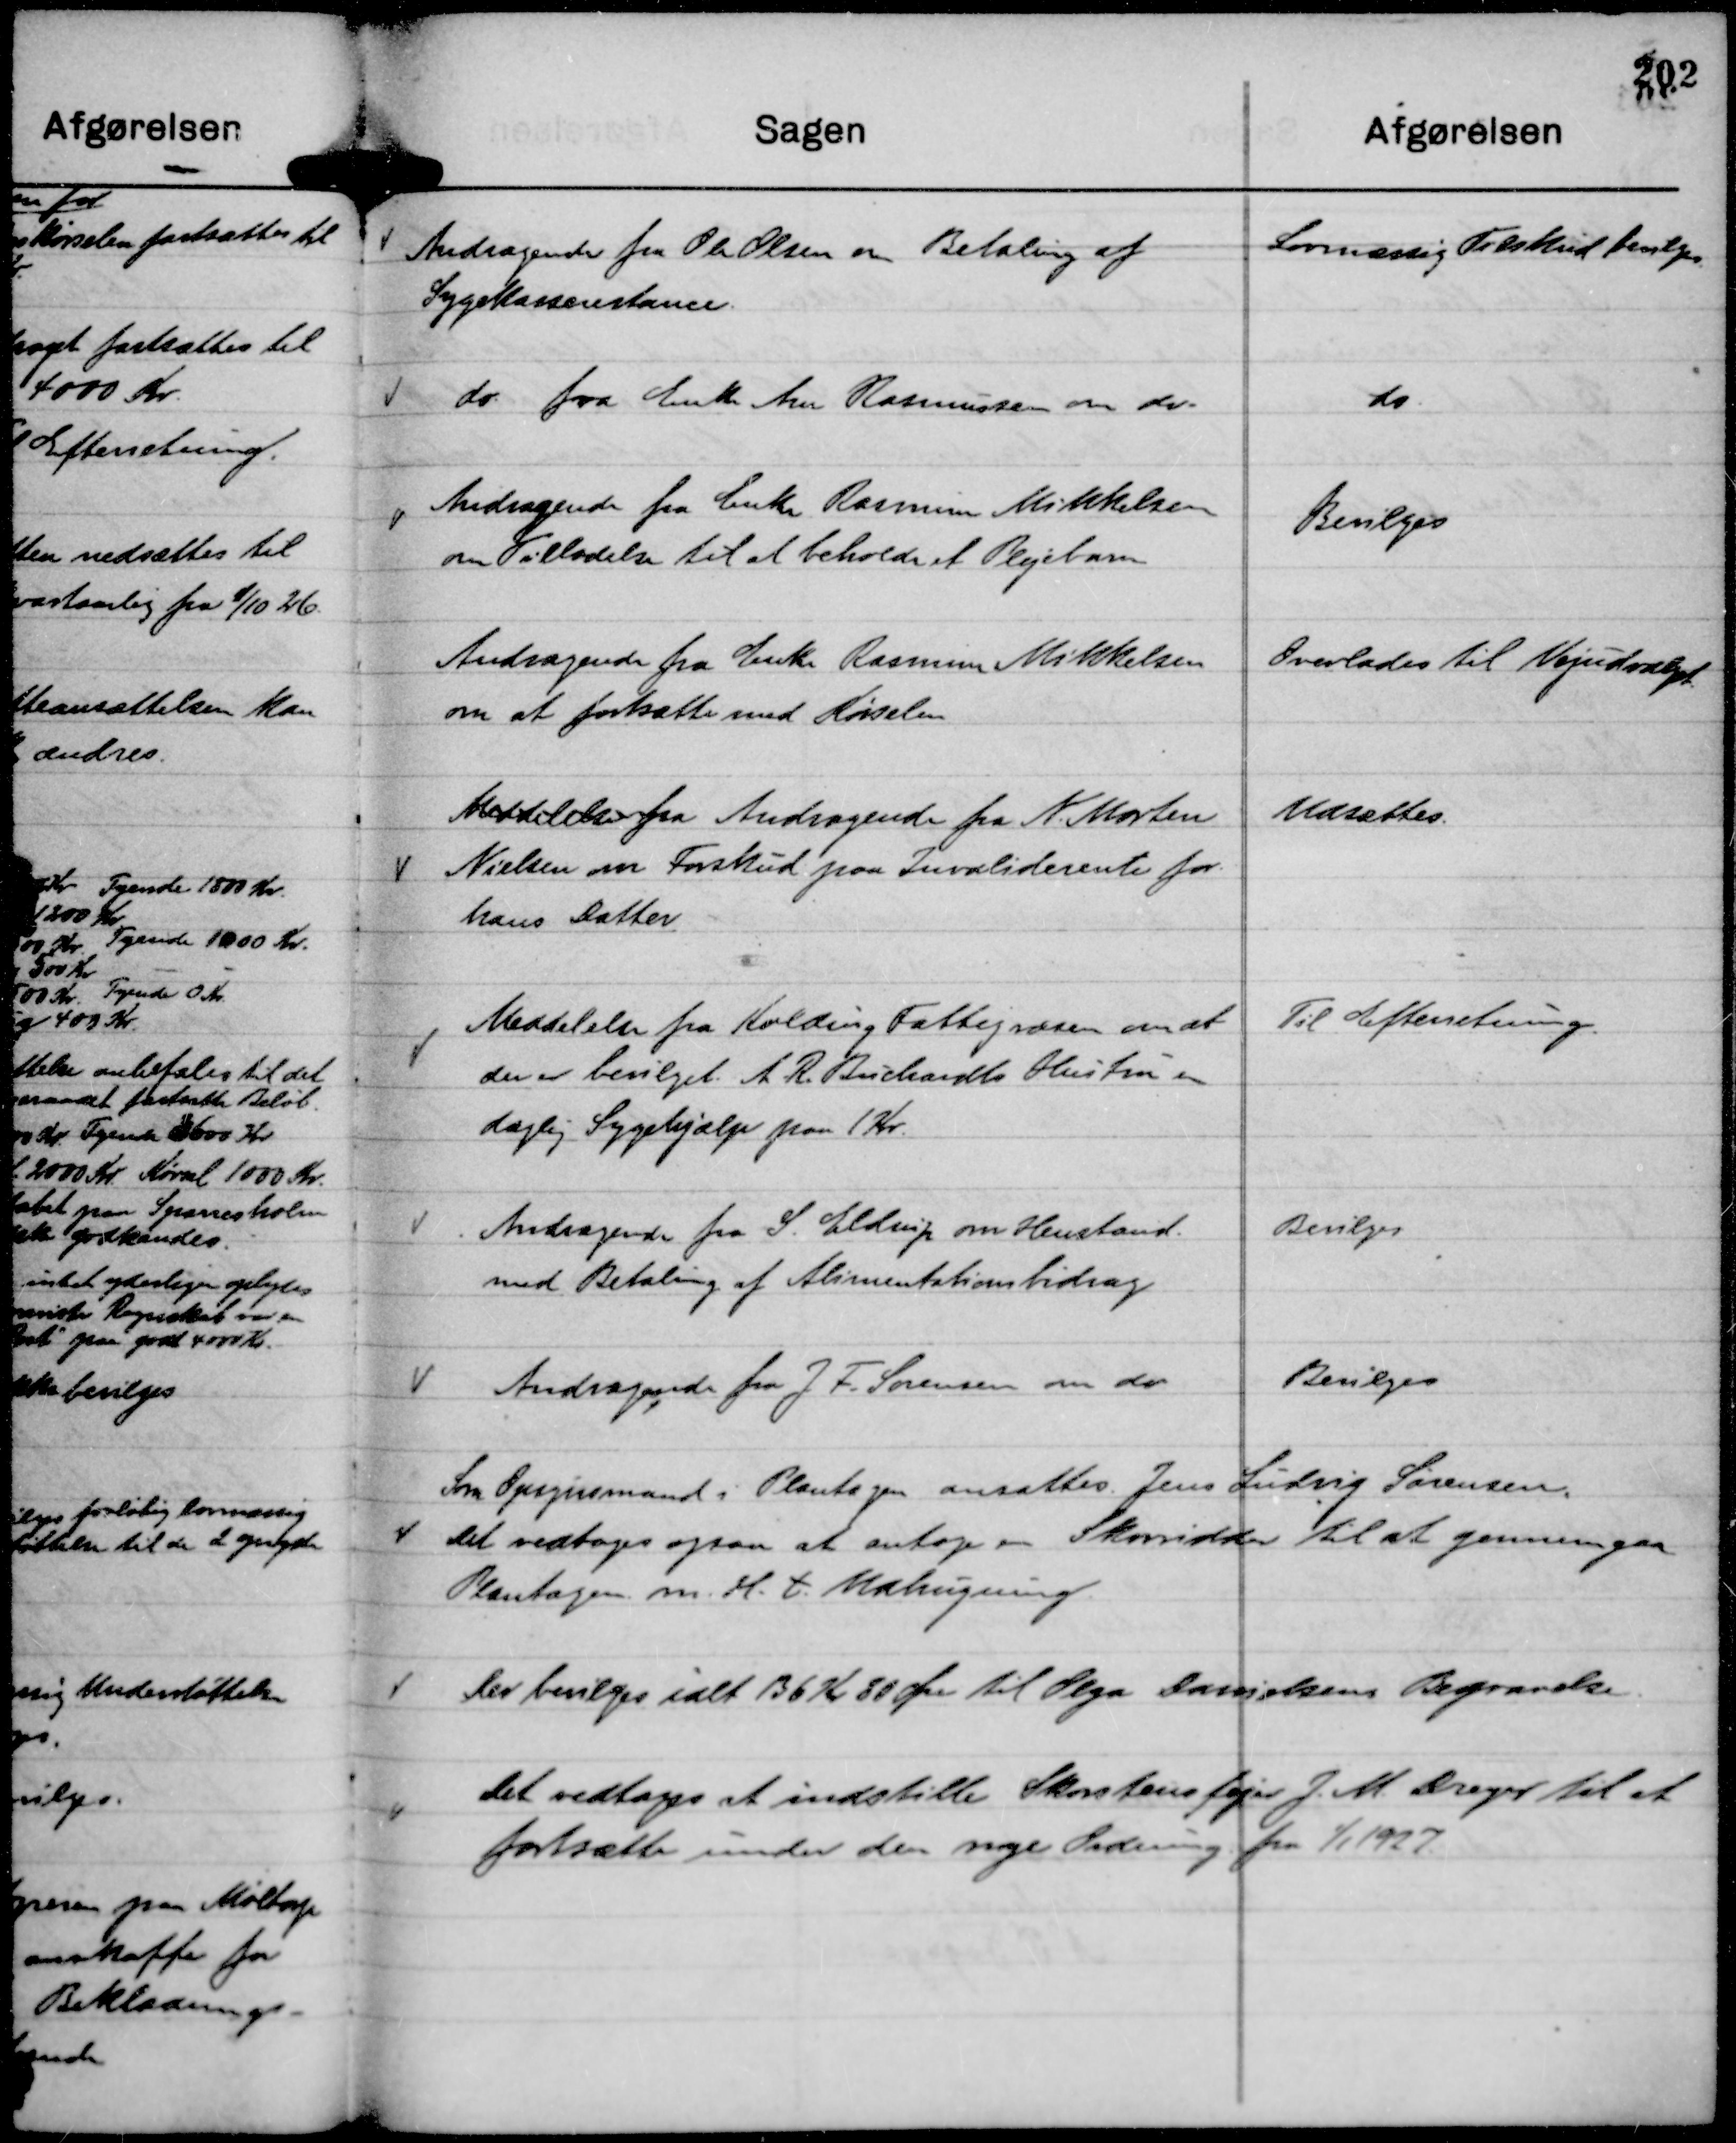
Transskription:
Andragende fra Ole Olsen om Betaling af
Sygekasserestance.

Lovmæssig Tilskud bevilges.

do. fra Enke Ane Rasmussen om do.

do

Andragende fra Enke Rasmine Mikkelsen
om Tilladelse til at beholde et Plejebarn

Bevilges

Andragende fra Enke Rasmine Mikkelsen
om at fortsætte med Kørselen

Overlades til Vejudvalget.

Meddelelse fra Andragende fra K. Morten
Nielsen om Forskud paa Invaliderente for
hans Datter

Udsættes.

Meddelelse fra Kolding Fattigvæsen om at
der er bevilget A R. Buchardts Hustru en
daglig Sygehjælp paa 1 Kr.

Til Efterretning.

Andragende fra S. Eldrup om Henstand
med Betaling af Alimentationsbidrag

Bevilges

Andragende fra J F. Sørensen om do

Bevilges

Som Opsynsmand i Plantagen ansattes Jens Ludvig Sørensen.
Det vedtoges ogsaa at antage en Skovridder til at gennemgaa
Plantagen m. H. t. Udhugning

Der bevilges ialt 136 Kr 80 Øre til Olga Danielsens Begravelse.

Det vedtages at indstille Skorstensfejer J. M. Dreyer til at
fortsætte under den nye Ordning fra  1/1 1927.